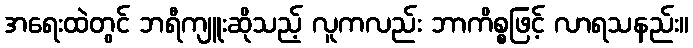
အရေးထဲတွင် ဘရီကျူးဆိုသည့် လူကလည်း ဘာကိစ္စဖြင့် လာရသနည်း။